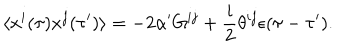
\langle x ^ { i } ( \tau ) x ^ { j } ( \tau ^ { \prime } ) \rangle = - 2 \alpha ^ { \prime } G ^ { i j } + \frac { i } { 2 } \theta ^ { i j } \epsilon ( \tau - \tau ^ { \prime } ) .